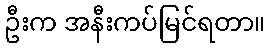
ဦးက အနီးကပ်မြင်ရတာ။